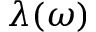
\lambda ( \omega )